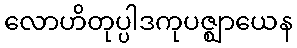
လောဟိတုပ္ပါဒကုပဇ္ဈာယေန